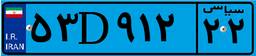
۱۴D۳۲۳۱۰